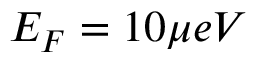
E _ { F } = 1 0 \mu e V